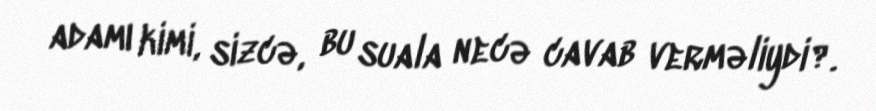
adamı kimi, sizcə, bu suala necə cavab verməliydi?.